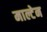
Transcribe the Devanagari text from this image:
माल्टेन